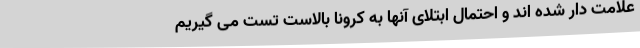
علامت دار شده اند و احتمال ابتلای آنها به کرونا بالاست تست می گیریم